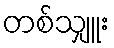
တစ်သျှူး